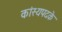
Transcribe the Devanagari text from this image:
कांस्यपदके